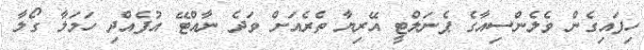
ހިފައިގެން ވެލެންސިއާގެ ޕެނަލްޓީ އޭރިޔާ ތެރެއަށް ވަދެ ނާއްޓޭ އުފެއްދި ހަމަލާ ގޯލާ